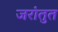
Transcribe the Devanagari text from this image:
जरांतुत